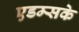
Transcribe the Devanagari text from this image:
एडम्सके